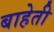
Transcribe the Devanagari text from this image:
बाहेती